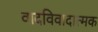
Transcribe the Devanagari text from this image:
वादविवादात्मक